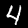
Label: 4